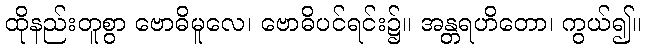
ထိုနည်းတူစွာ ဗောဓိမူလေ၊ ဗောဓိပင်ရင်း၌။ အန္တရဟိတော၊ ကွယ်၍။